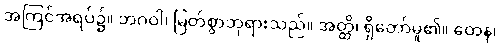
အကြင်အရပ်၌။ ဘဂဝါ၊ မြတ်စွာဘုရားသည်။ အတ္ထိ၊ ရှိတော်မူ၏။ တေန၊